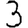
Digit: 3